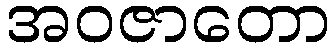
အဝဇာတော